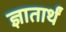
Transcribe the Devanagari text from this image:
ज्ञातार्थं